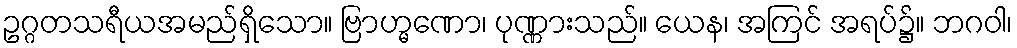
ဥဂ္ဂတသရီယအမည်ရှိသော။ ဗြာဟ္မဏော၊ ပုဏ္ဏားသည်။ ယေန၊ အကြင် အရပ်၌။ ဘဂဝါ၊